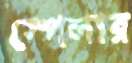
স্পেলার